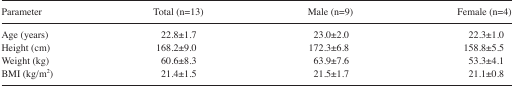
| Parameter | Total (n=13) | Male (n=9) | Female (n=4) |
 | --- | --- | --- | --- |
 | Age (years) | 22.8±1.7 | 23.0±2.0 | 22.3±1.0 |
 | Height (cm) | 168.2±9.0 | 172.3±6.8 | 158.8±5.5 |
 | Weight (kg) | 60.6±8.3 | 63.9±7.6 | 53.3±4.1 |
 | BMI (kg/m2) | 21.4±1.5 | 21.5±1.7 | 21.1±0.8 |